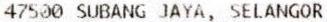
47500 SUBANG JAYA, SELANGOR